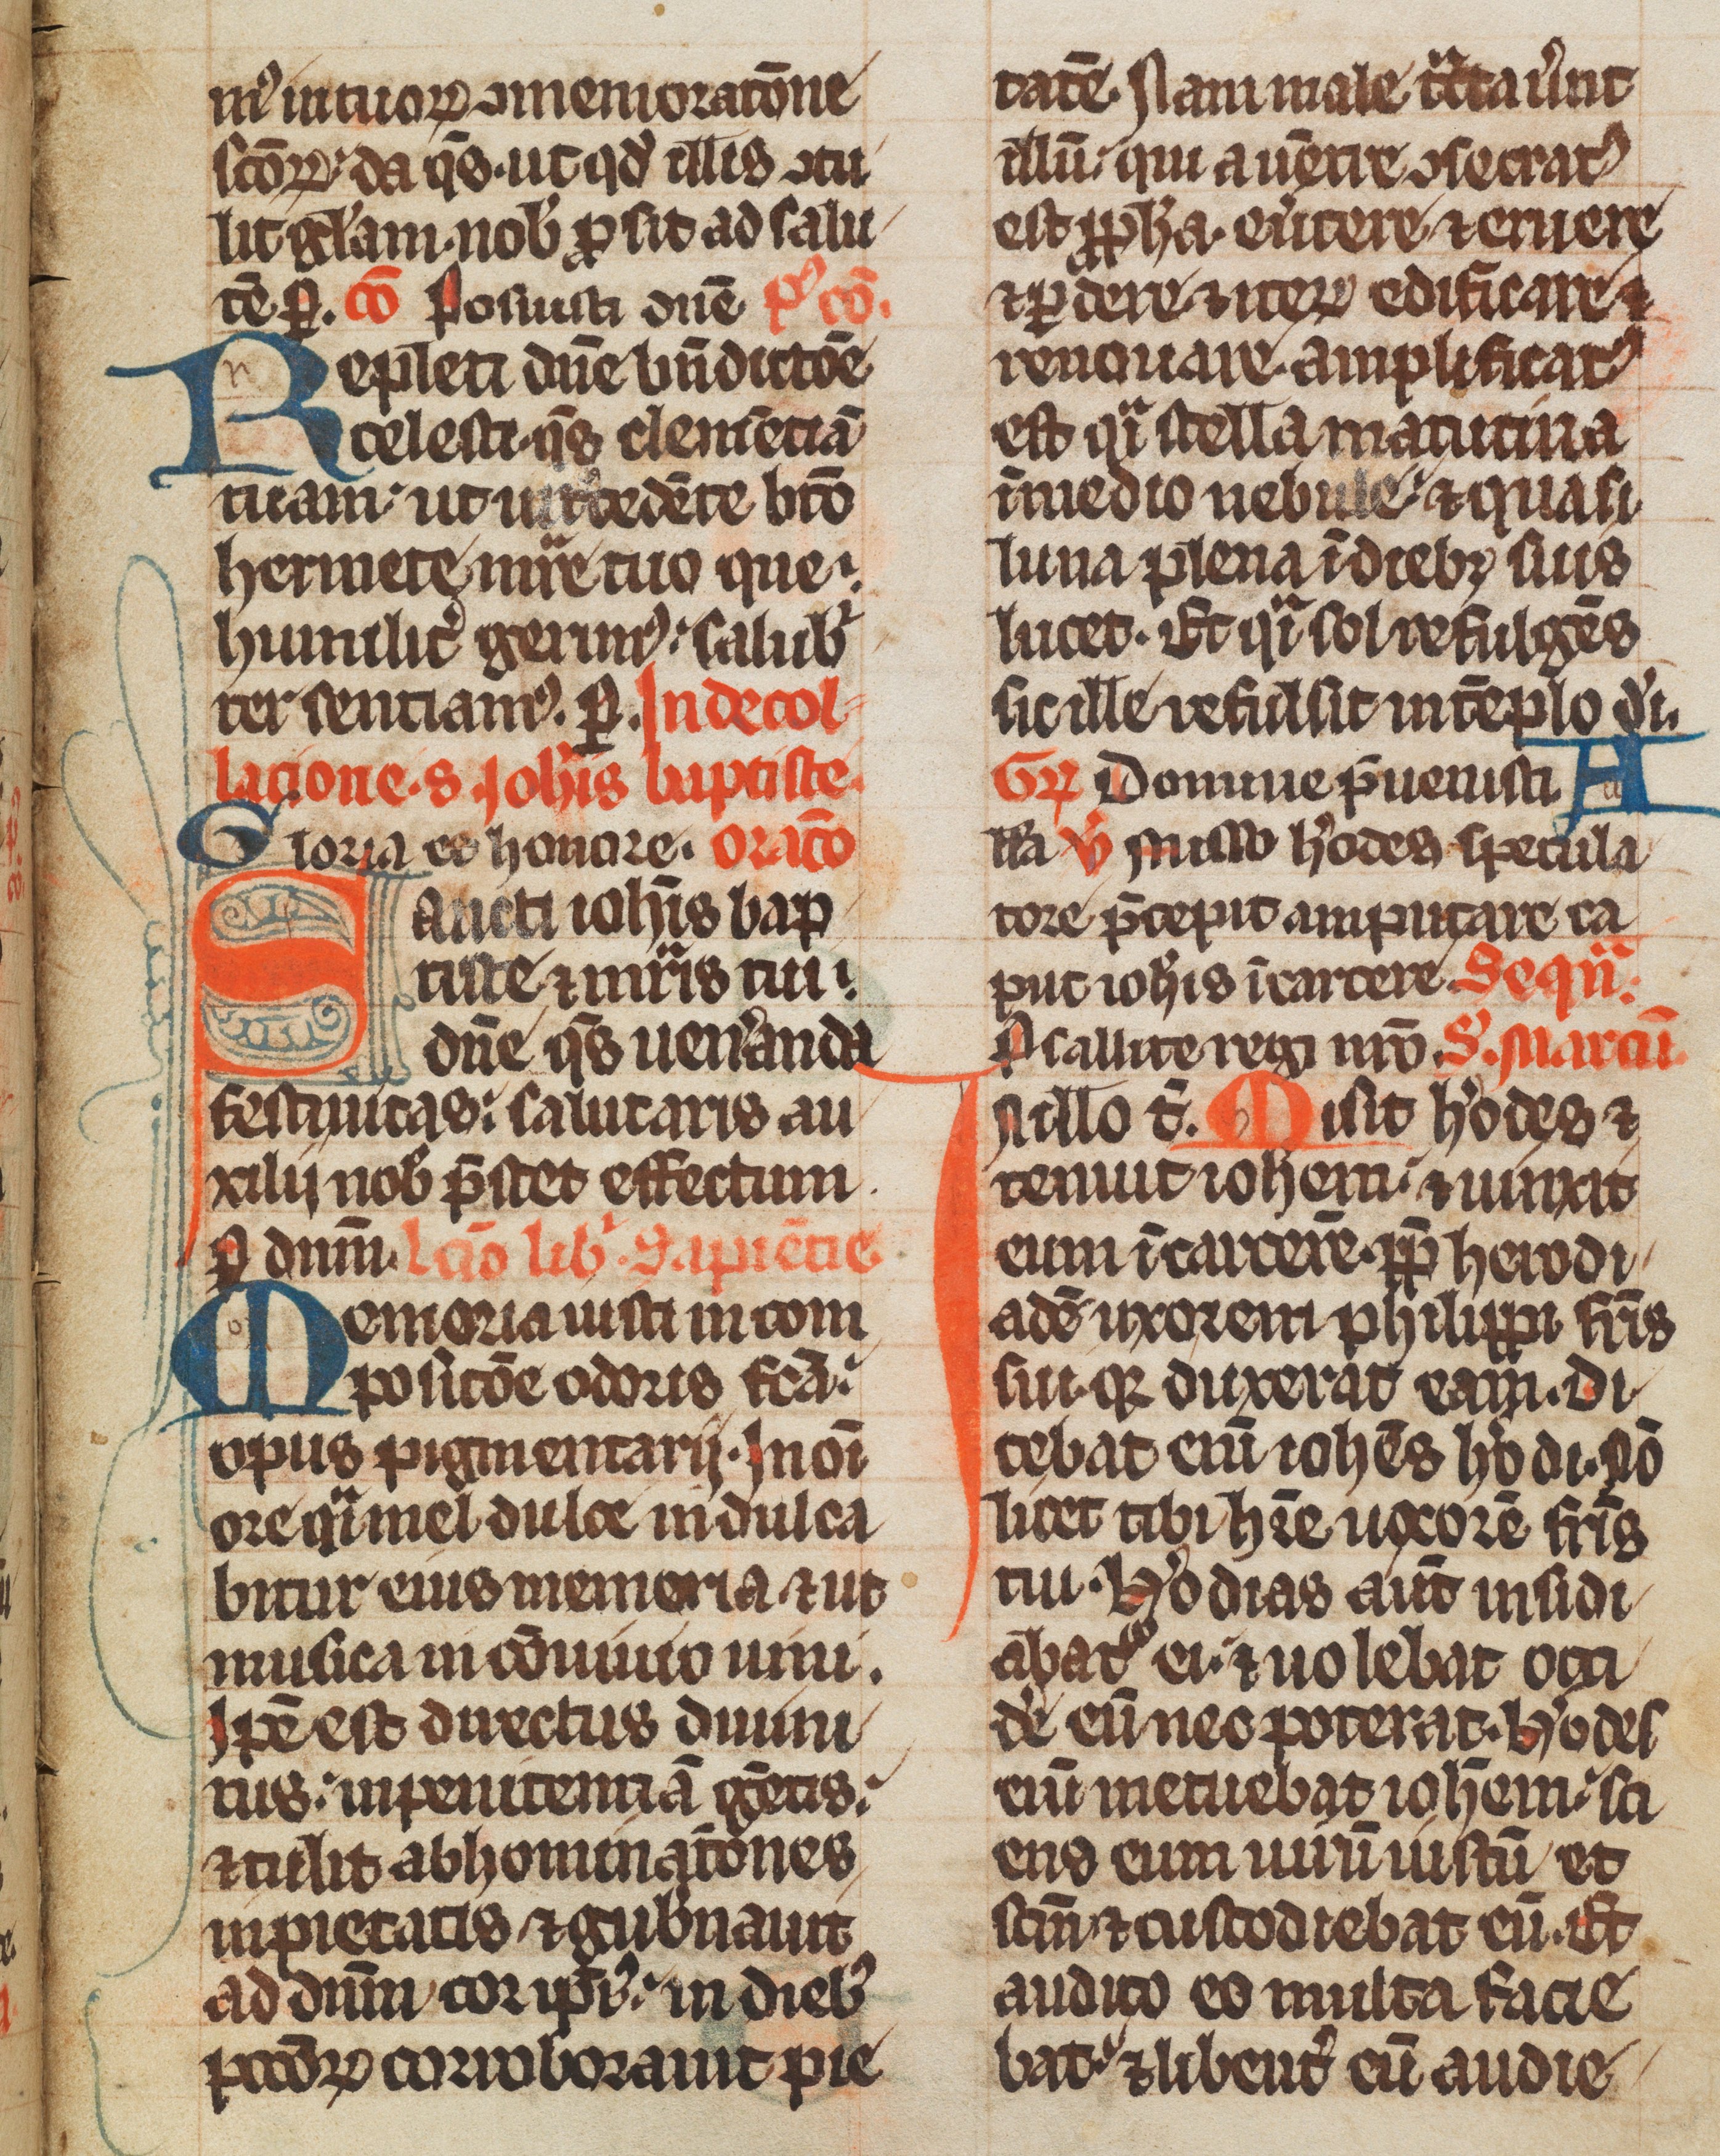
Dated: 1285–1315